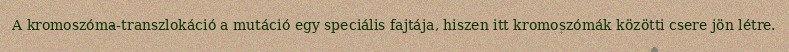
A kromoszóma-transzlokáció a mutáció egy speciális fajtája, hiszen itt kromoszómák közötti csere jön létre.